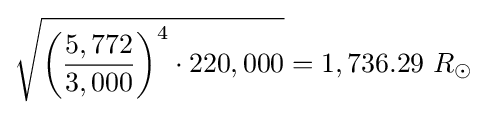
{\sqrt {\left({\frac {5,772}{3,000}}\right)^{4}\cdot 220,000}}=1,736.29\ R_{\odot }